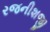
રજનીશજી